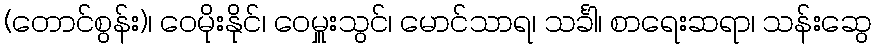
(တောင်စွန်း)၊ ဝေမိုးနိုင်၊ ဝေမှူးသွင်၊ မောင်သာရ၊ သင်္ခါ၊ စာရေးဆရာ၊ သန်းဆွေ